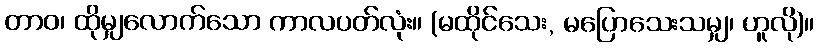
တာဝ၊ ထိုမျှလောက်သော ကာလပတ်လုံး။ (မထိုင်သေး, မပြောသေးသမျှ၊ ဟူလို)။